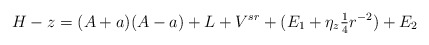
\begin{align*}H-z = (A+a)(A-a) + L + V^{sr} + (E_1+\eta_z \tfrac{1}{4}r^{-2}) + E_2\end{align*}